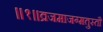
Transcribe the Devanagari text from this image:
॥१॥व्रजमाजग्मतुस्तौ